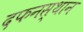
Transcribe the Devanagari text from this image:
दफनस्थान